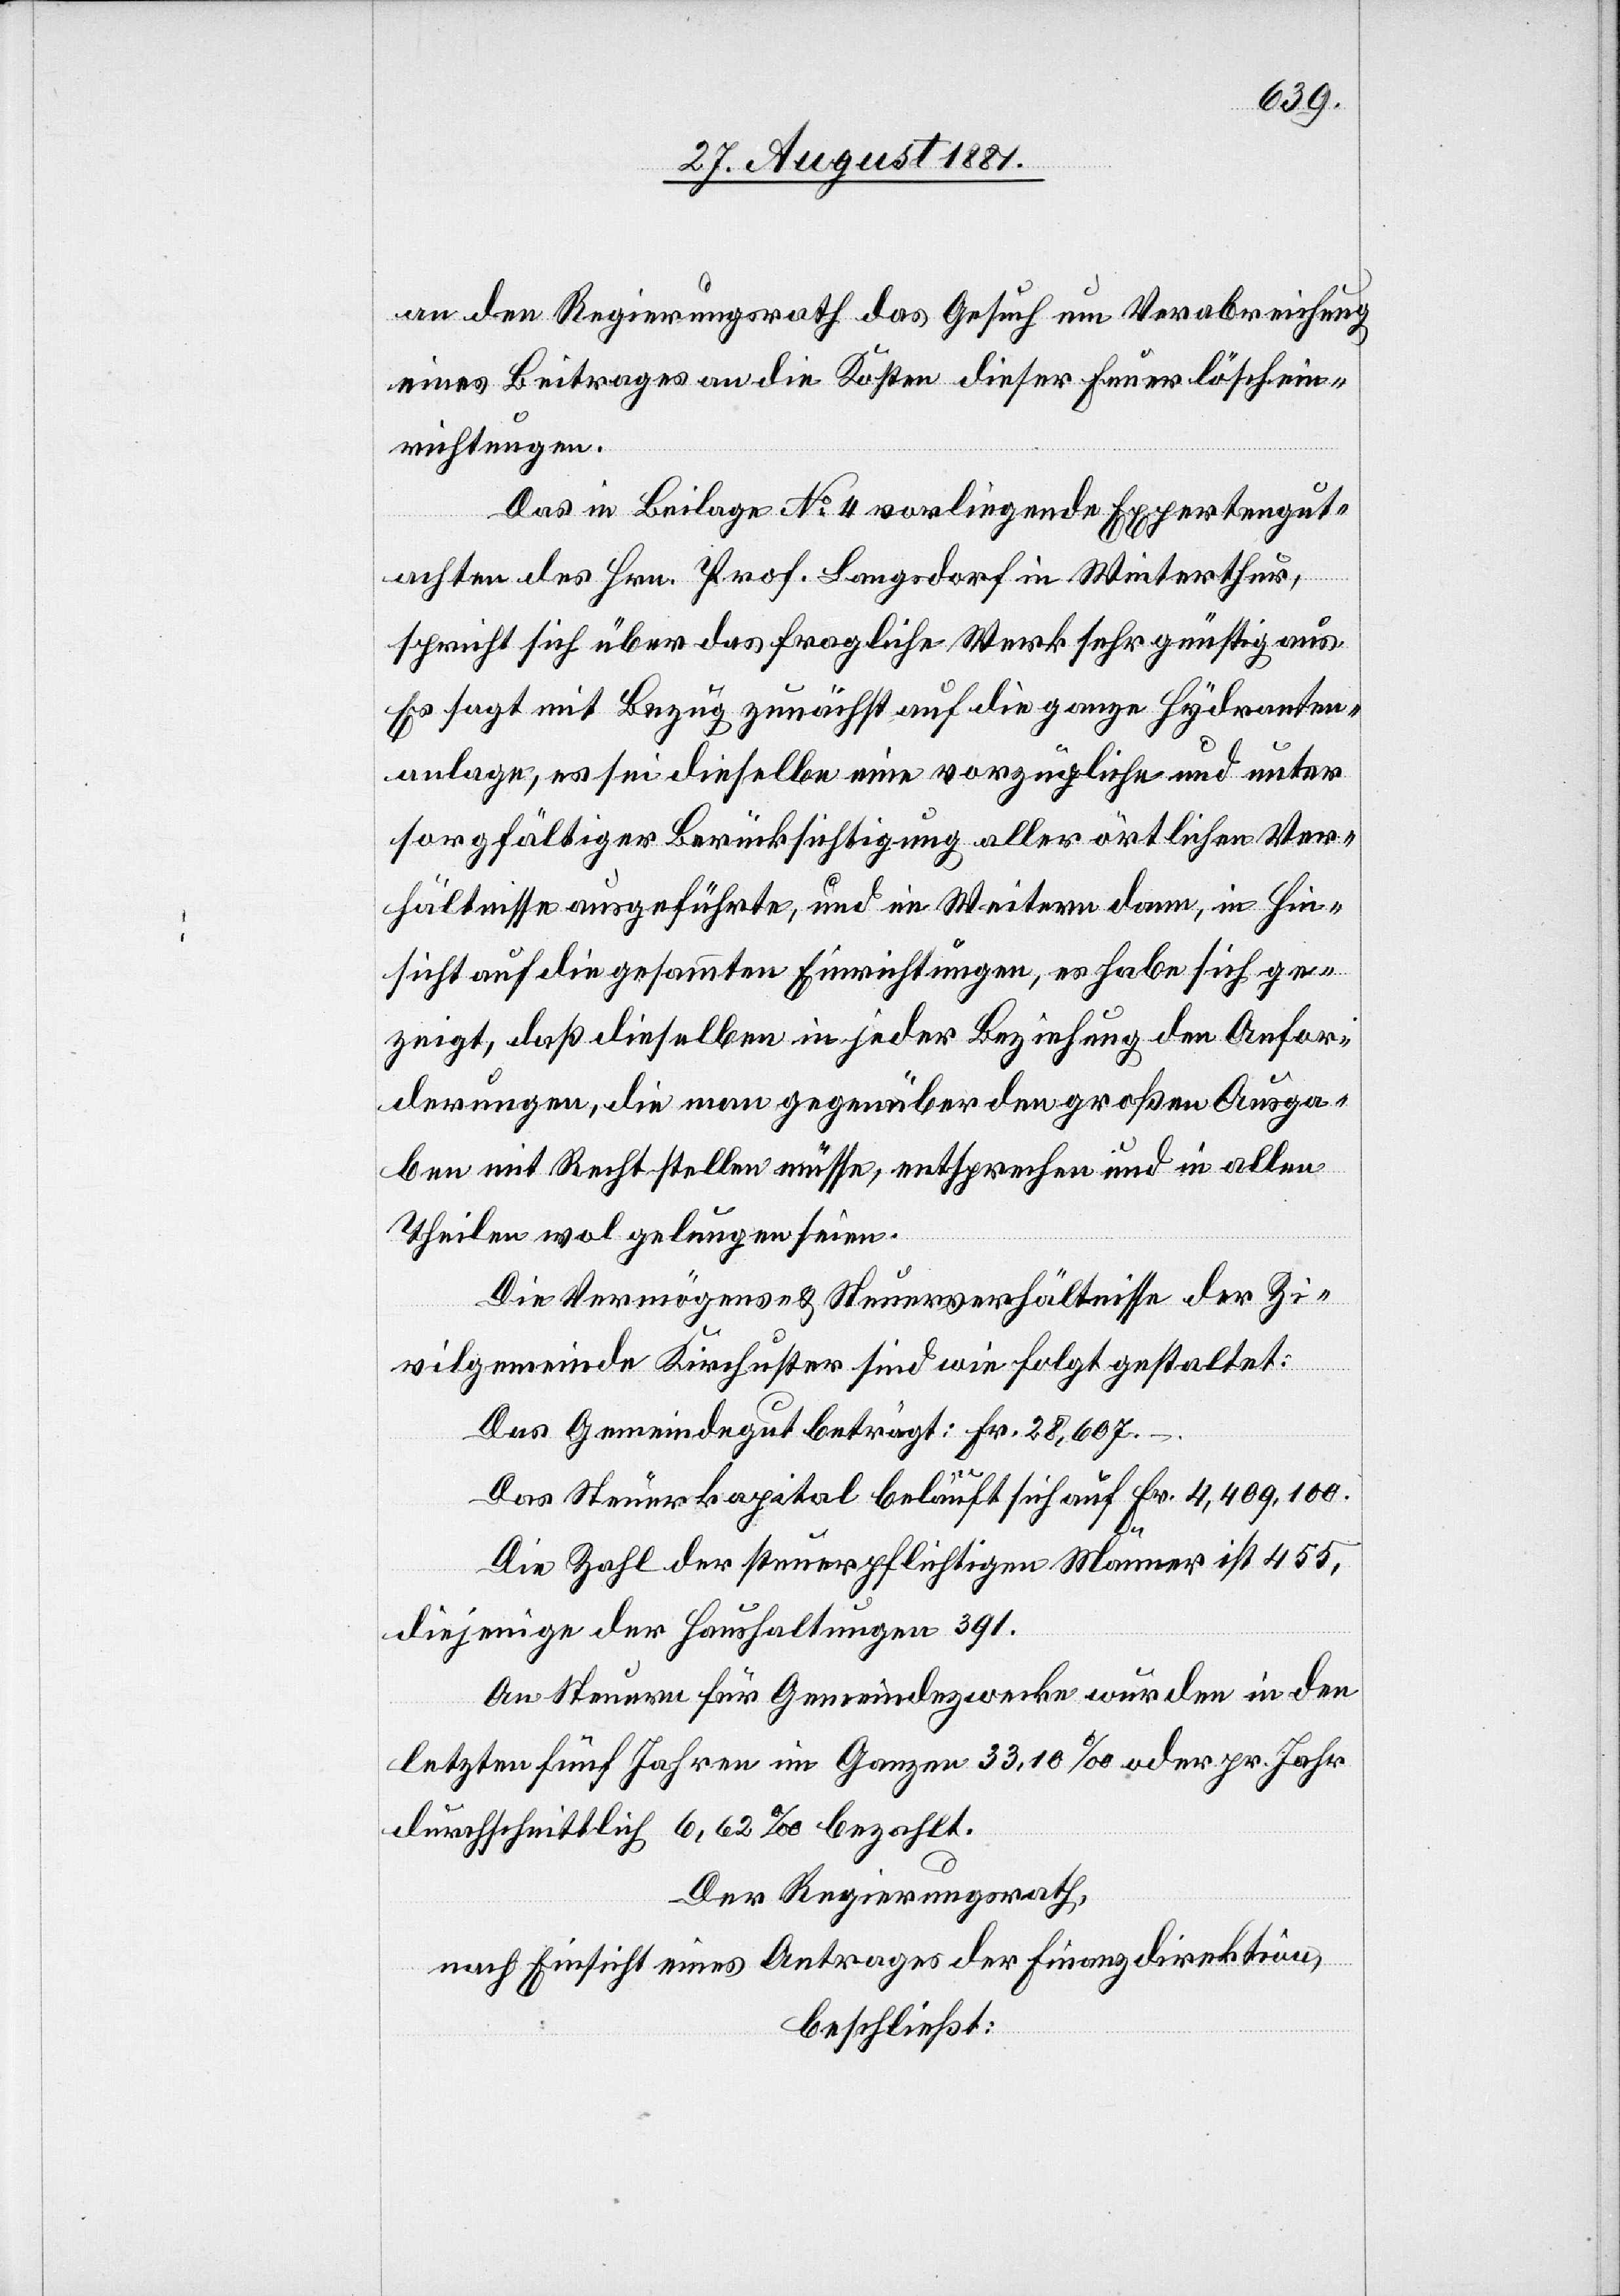
an den Regierungsrath das Gesuch um Verabreichung
eines Beitrages an die Kosten dieser Feuerlöschein¬
richtungen.
Das in Beilage No 4 vorliegende Expertengut¬
achten des Hrn. Prof. Langsdorf in Winterthur,
spricht sich über das fragliche Werk sehr günstig aus.
Es sagt mit Bezug zunächst auf die ganze Hydranten¬
anlage, es sei dieselbe eine vorzügliche und unter
sorgfältiger Berücksichtigung aller örtlichen Ver¬
hältnisse ausgeführte, und im Weitern dann, in Hin¬
sicht auf die gesammten Einrichtungen, es habe sich ge¬
zeigt, daß dieselben in jeder Beziehung den Anfor¬
derungen, die man gegenüber den großen Ausga¬
ben mit Recht stellen müsse, entsprechen und in allen
Theilen wol gelungen seien.
Die Vermögens- & Steuerverhältnisse der Zi¬
vilgemeinde Kirchuster sind wie folgt gestaltet:
Das Gemeindegut beträgt: Fr. 28,607.–
Das Steuerkapital beläuft sich auf Fr. 4,409,100.
Die Zahl der steuerpflichtigen Männer ist 455,
diejenigen der Haushaltungen 391.
An Steuern für Gemeindezwecke wurden in den
letzten fünf Jahren im Ganzen 33,10‰ oder pr. Jahr
durchschnittlich 6,62‰ bezahlt.
Der Regierungsrath,
nach Einsicht eines Antrages der Finanzdirektion,
beschließt: